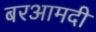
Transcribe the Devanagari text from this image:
बरआमदी